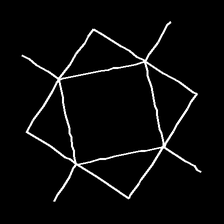
Glyph: light